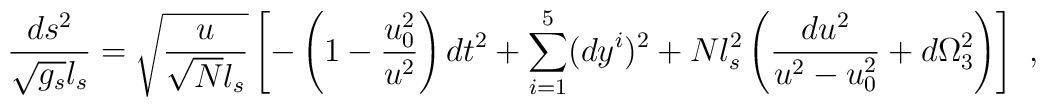
\frac{ds^2}{\sqrt{g_s} l_s} = \sqrt{\frac{u}{\sqrt{N} l_s }} \left[ - \left(1-\frac{u_0^2}{u^{2}} \right) dt^2+ \sum_{i=1}^5 (dy^i)^2 + N l_s^2 \left( \frac{du^2}{u^2-u_0^2} +d\Omega_{3}^2 \right) \right] \ ,